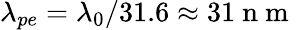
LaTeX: \lambda_{pe}=\lambda_{0}/31.6\approx 31\mathrm{~n~m~}